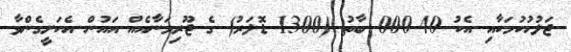
ޖަލުހުކުމަކާއި އެކު 40?000 ބާތު (1300 ޑޮލަރު) ގެ ޖޫރިމަނާއެއް އައުން އެކަށީގެންވާ